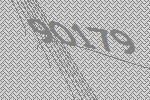
90179